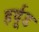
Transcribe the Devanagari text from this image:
हर्वूड